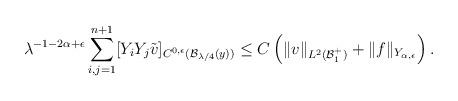
LaTeX: \begin{align*}\lambda^{-1-2\alpha+\epsilon}\sum\limits_{i,j=1}^{n+1}[Y_i Y_j \tilde{v}]_{C^{0,\epsilon}(\mathcal{B}_{\lambda/4}(y))} \leq C\left(\|v\|_{L^2(\mathcal{B}_1^+)}+\|f\|_{Y_{\alpha,\epsilon}}\right).\end{align*}